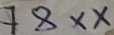
Text: 78xx